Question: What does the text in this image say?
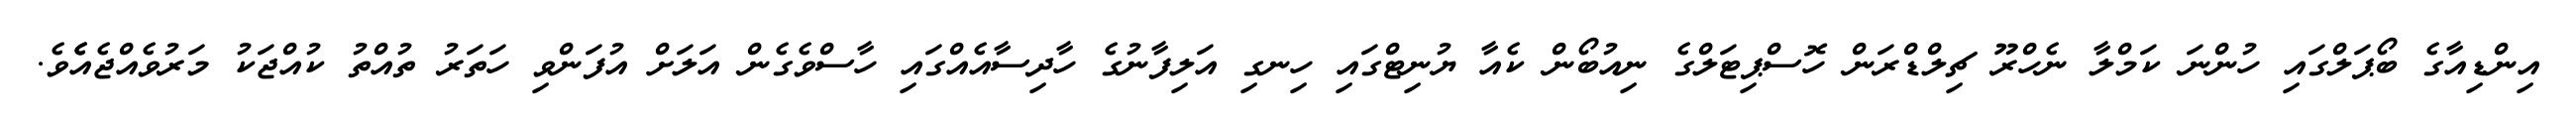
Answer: އިންޑިއާގެ ބޯޕަލްގައި ހުންނަ ކަމްލާ ނެހްރޫ ޗިލްޑްރަން ހޮސްޕިޓަލްގެ ނިއުބޯން ކެއާ ޔުނިޓްގައި ހިނގި އަލިފާނުގެ ހާދިސާއެއްގައި ހާސްވެގެން އަލަށް އުފަންވި ހަތަރު ތުއްތު ކުއްޖަކު މަރުވެއްޖެއެެވެ.